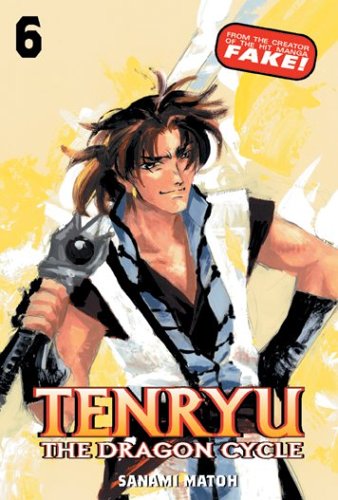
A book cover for Tenryu: The Dragon Cycle - Volume 6; Matoh Sanami; Teen & Young Adult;